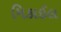
મિકાઈલ